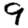
Digit: 9